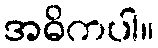
အဓိကပါ။